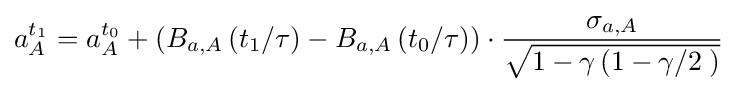
a_{A}^{t_{1}}=a_{A}^{t_{0}}+\left(B_{a,A}\left(t_{1}/\tau \right)-B_{a,A}\left(t_{0}/\tau \right)\right)\cdot {\frac {\sigma _{a,A}}{\sqrt {1-\gamma \left(1-{\gamma }/{2}\;\right)}}}